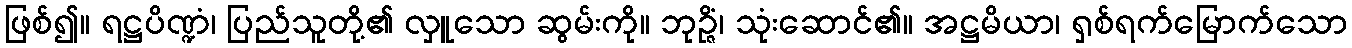
ဖြစ်၍။ ရဋ္ဌပိဏ္ဍံ၊ ပြည်သူတို့၏ လှူသော ဆွမ်းကို။ ဘုဉ္ဇိံ၊ သုံးဆောင်၏။ အဋ္ဌမိယာ၊ ရှစ်ရက်မြောက်သော